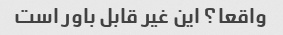
واقعا؟ این غیر قابل باور است